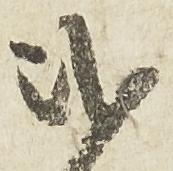
弐